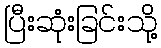
ပြီးဆုံးခြင်းသို့